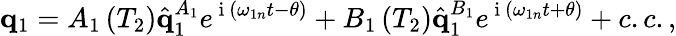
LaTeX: \mathbf{q}_{1}=A_{1}\left(T_{2}\right)\hat{\mathbf{q}}_{1}^{A_{1}}e^{\mathrm{~i~}\left(\omega_{1n}t-\theta\right)}+B_{1}\left(T_{2}\right)\hat{\mathbf{q}}_{1}^{B_{1}}e^{\mathrm{~i~}\left(\omega_{1n}t+\theta\right)}+c.c.,